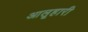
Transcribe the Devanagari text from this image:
आलूहारी